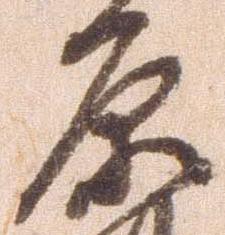
原